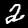
Label: 2